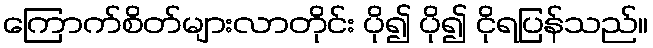
ကြောက်စိတ်များလာတိုင်း ပို၍ ပို၍ ငိုရပြန်သည်။